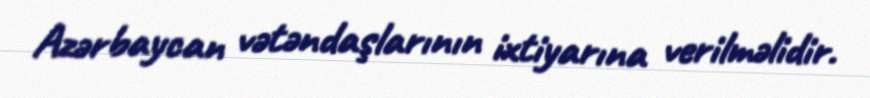
Azərbaycan vətəndaşlarının ixtiyarına verilməlidir.